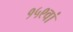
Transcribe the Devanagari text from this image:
१५९वां